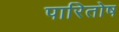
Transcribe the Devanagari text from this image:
पारितोष